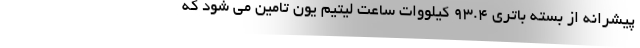
پیشرانه از بسته باتری 93.4 کیلووات ساعت لیتیم یون تامین می شود که